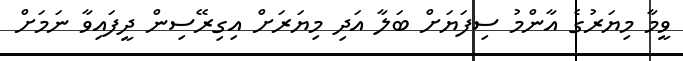
ވީމާ މިޔަރުގެ އާންމު ސިފަޔަށް ބަލާ އަދި މިޔަރަށް އިގިރޭސިން ދީފައިވާ ނަމަށް